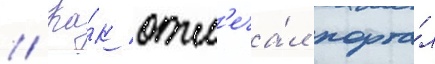
// Ка́к отм'еча́л порта́л